Civil Veterinary Department Bihar & Orissa reports 1911-21 - 1911-1921
Year: 1911
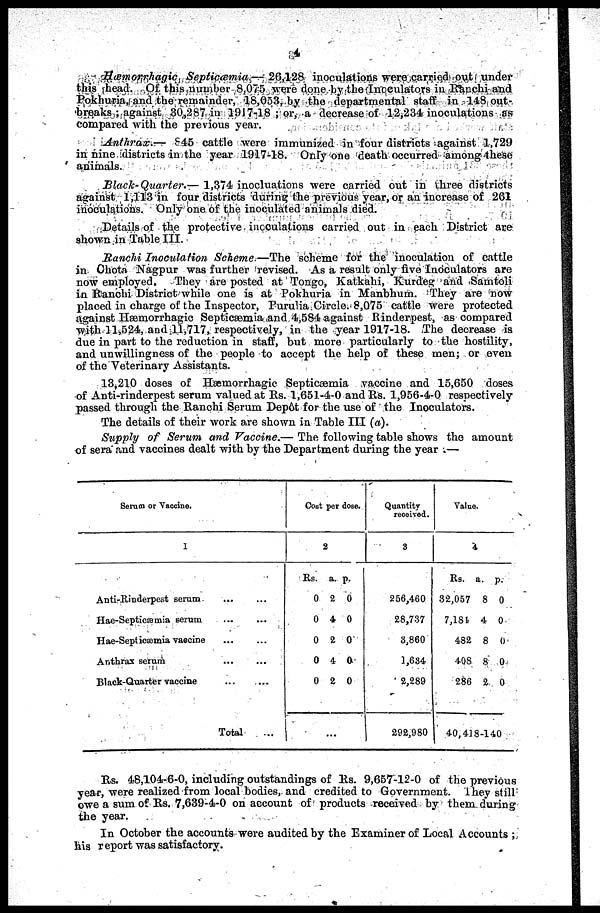
4
Hæmorrhagic Septicæmia.— 26,128 inoculations were carried out under
this head. Of this number 8,075 were done by the Inoculators in Rauchi and
Pokhuria, and the remainder, 18,053, by the departmental staff in 148 out-
breaks ; against 30,287 in 1917-18 ; or, a decrease of 12,234 inoculations as
compared with the previous year.
Anthrax.— 845 cattle were immunized in four districts against 1,729
in nine districts in the year 1917-18. Only one death occurred among these
animals.
Black-Quarter.— 1,374 inocluations were carried out in three districts
against 1,113 in four districts during the previous year, or an increase of 261
inoculations. Only one. of the inoculated animals died.
Details of the protective inoculations carried out in each District are
shown in Table III.
Ranchi Inoculation Scheme.—The scheme for the inoculation of cattle
in Chota Nagpur was further revised. As a result only five Inoculators are
now employed. They are posted at Tongo, Katkahi, Kurdeg and -Samtoli
in Ranchi District while one is at Pokhuria in Manbhum. They are now
placed in charge of the Inspector, Purulia Circle.; 8,075 cattle were protected
against Hæmorrhagic Septicæmia and 4,584 against Rinderpest, as compared
with 31,524, and 11,717, respectively, in the year 1917-18. The decrease is
due in part to the reduction in staff, but more particularly to the hostility,
and unwillingness of the people to accept the help of these men; or even
of the Veterinary Assistants.
13,210 doses of Hæmorrhagic Septicæmia vaccine and 15,650 doses
of Anti-rinderpest serum valued at Rs. 1,651-4-0 and Rs. 1,956-4-0 respectively
passed through the Ranchi Serum Dep6t for the use of the Inoculators.
The details of their work are shown in Table III (a).
Supply of Serum and Vaccine.— The following table shows the amount
of sera and vaccines dealt with by the Department during the year ;—
Serum or Vaccine.
1
Anti-Rinderpest serum. … …
Hae-Septicæmia serum ... ...
Hae-Septicsemia vaecine … …
Anthrax serum ... ...
Black-Quarter vaccine
...
...
Total ...
Cost per dose.
2
Rs. a. p.
0 2 0
0 4 0
0 2 0
0 4 0
0 2 0
…
Quantity
received.
3
256,460
28,737
3,860
1,684
2,289
292,980
Value.
4
Rs. a. p.
32,057 8 0
7,184
4 0
482 8 0
408 8 0
286 2 0
40,418-140
Rs. 48,104-6-0, including outstandings of Rs. 9,657-12-0 of the previous
year, were realized from local bodies, and credited to Government, They still
owe a sum of Rs. 7,639-4-0 on account of products received by them during
the year.
In October the accounts were audited by the Examiner of Local Accounts ;
his report was satisfactory.